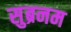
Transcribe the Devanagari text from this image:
सुब्रनम